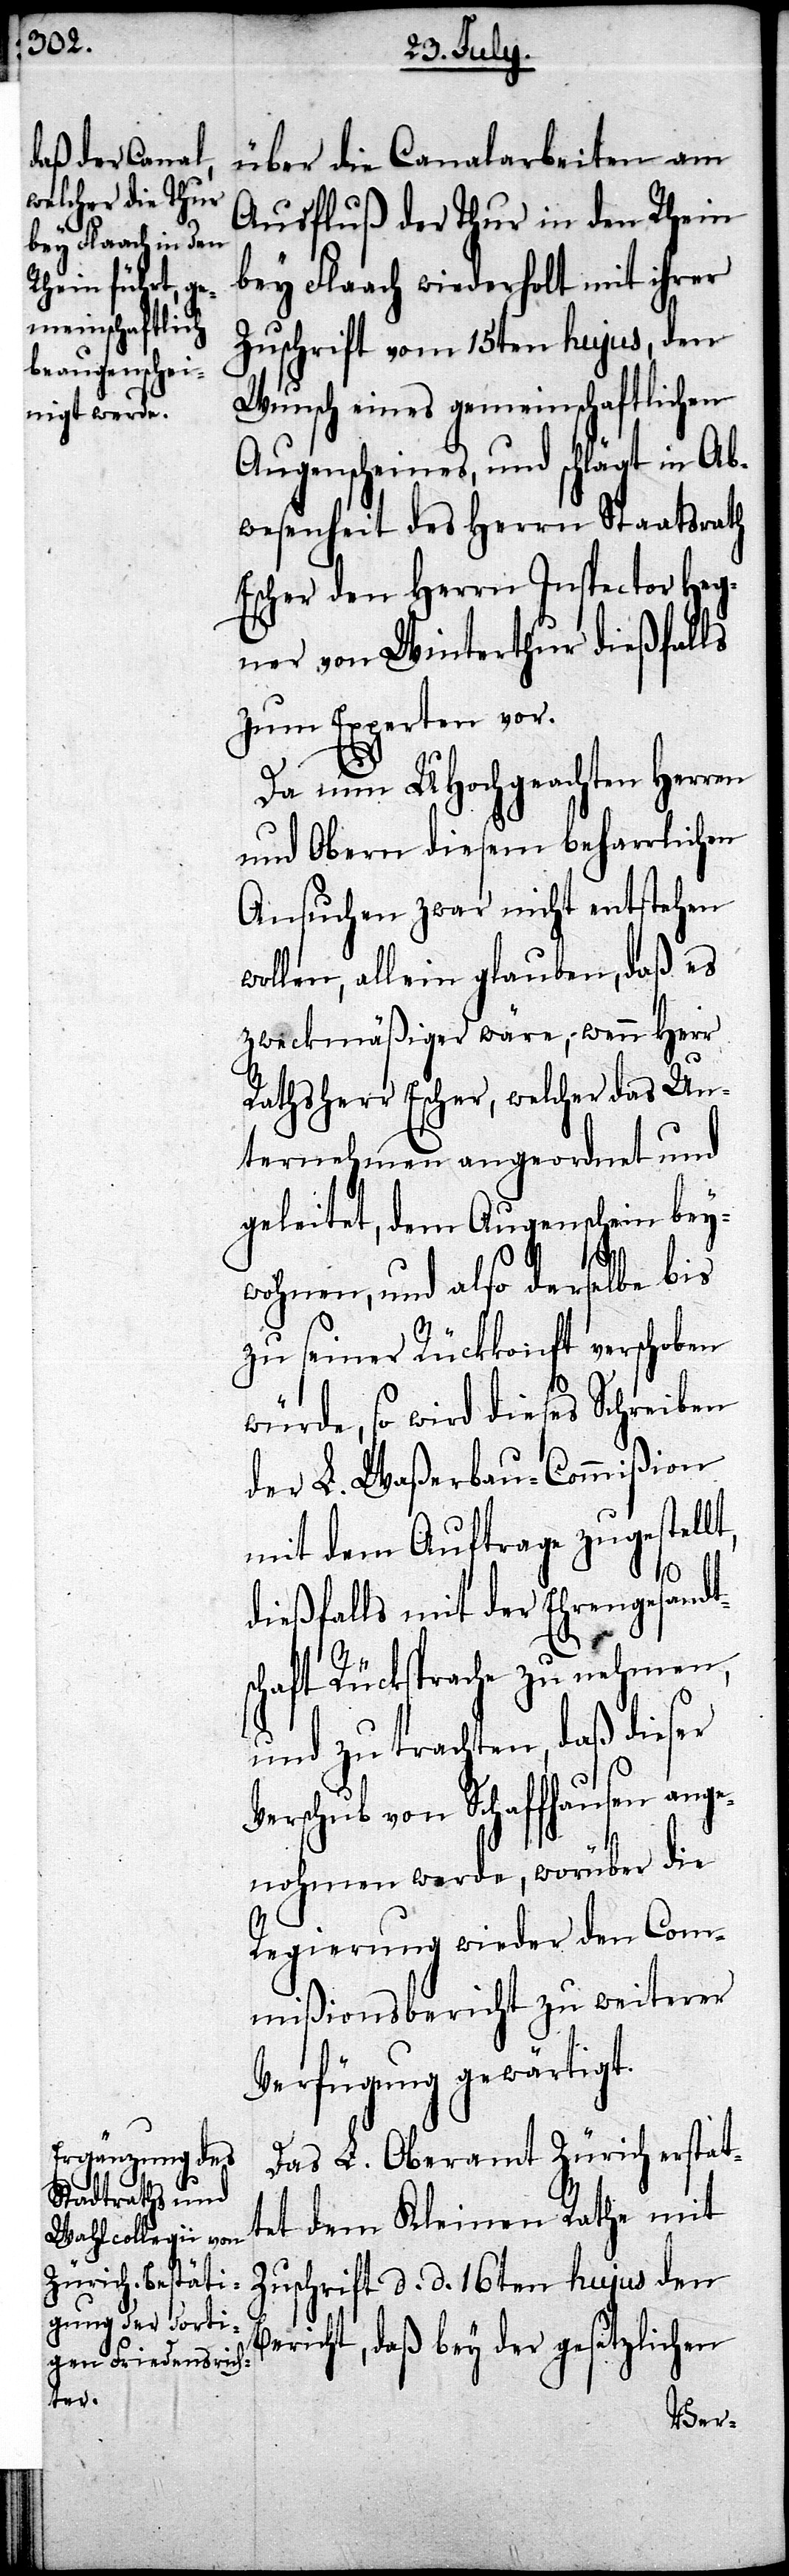
über die Canalarbeiten am
Ausfluß der Thur in den Rhein
bey Flaach wiederholt mit ihrer
Zuschrift vom 15ten hujus, den
Wunsch eines gemeinschaftlichen
Augenscheines, und schlägt in Ab¬
wesenheit des Herrn Staatsrath
Escher den Herrn Inspector Heg¬
ner von Winterthur dießfalls
zum Experten vor.
Da um UHochgeachten Herren
und Obern diesem beharrlichen
Ansuchen zwar nicht entsprechen
wollen, allein glauben, daß es
zweckmäßiger wäre, wenn Herr
Rathsherr Escher, welcher das Un¬
ternehmen angeordnet und
geleitet, dem Augenschein bey¬
B¬
wohnen, und also derselbe bis
zu seiner Rückkonft verschoben
würde, so wird dieses Schreiben
der L. Waßerbau-Commißion
mit dem Auftrage zugestell¬
dießfalls mit der Ehrengesandt¬
schaft Rücksprache zu nehmen,
und zu trachten, daß dieser
Verschub von Schaffhausen ange¬
nohmen werde, worüber die
Regierung wieder den Com¬
mißionsbericht zu weiterer
Verfügung gewärtigt.
Das L. Oberamt Zürich erstat¬
tet dem Kleinen Rathe mit
Zuschrift d. d. 16ten hujus den
ericht, daß bey der gesetzlichen